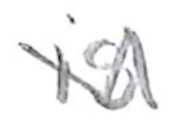
Text: is
Cross-out: zig-zag
Writing tool: pencil